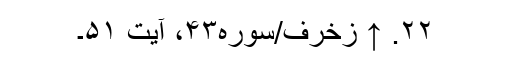
۲۲. ↑ زخرف/سوره۴۳، آیت ۵۱۔